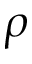
\rho